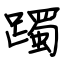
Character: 躅